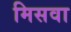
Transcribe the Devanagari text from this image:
मिसवा